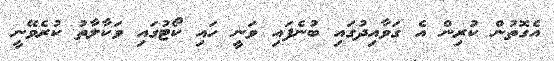
އެގޮތުން ކުރިން އެ ގަވާއިދުގައި ބުނެފައި ވަނީ ހައި ކޯޓުގައި ވަކާލާތު ކުރެވޭނީ